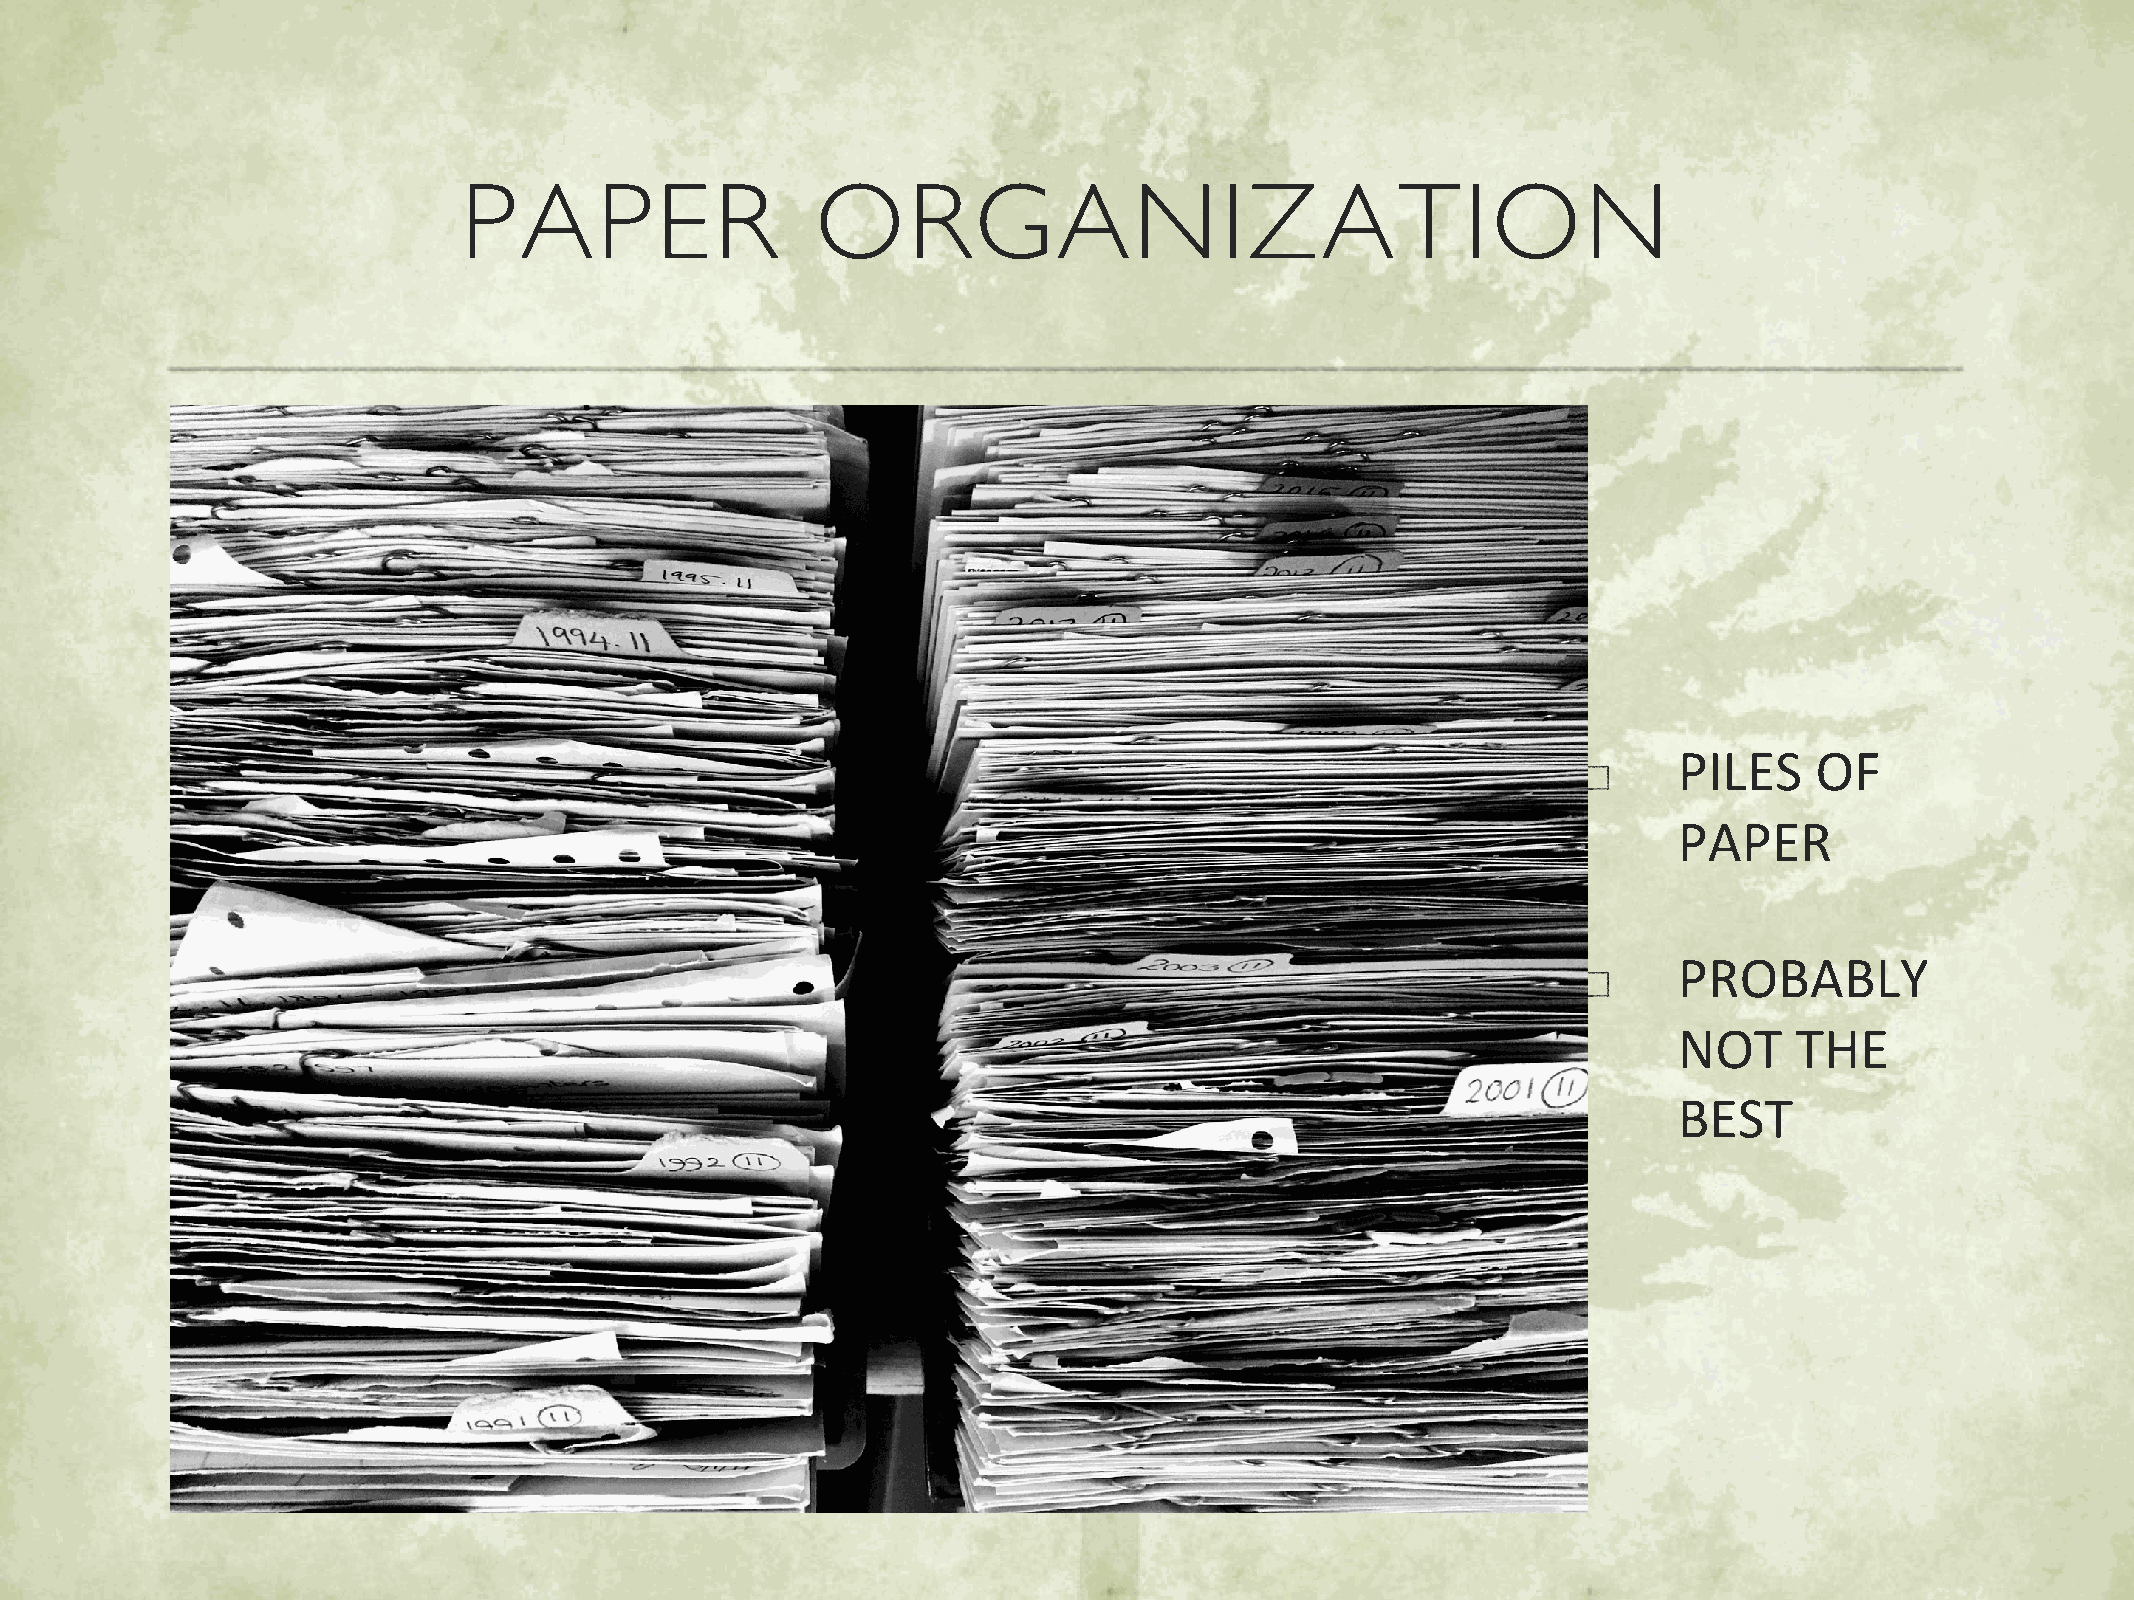
PAPER                  ORGANIZATION
 PILES    OF
 PAPER
 PROBABLY
 NOT     THE
 BEST